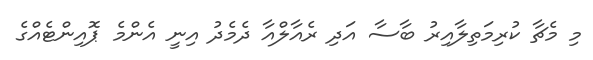
މި މެޗާ ކުރިމަތިލާއިރު ބާސާ އަދި ރެއާލްއާ ދެމެދު އިނީ އެންމެ ޕޮއިންޓެއްގެ